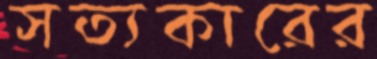
সত্যকারের